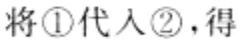
将\textcircled{1}代入\textcircled{2}，得